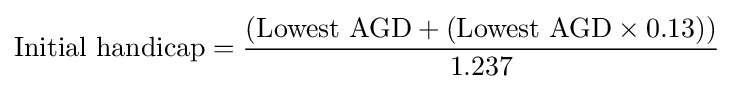
{\mbox{Initial handicap}}={\frac {({\mbox{Lowest AGD}}+({\mbox{Lowest AGD}}\times {\mbox{0.13}}))}{\mbox{1.237}}}